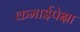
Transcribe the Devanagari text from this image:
कमाईपेक्षा